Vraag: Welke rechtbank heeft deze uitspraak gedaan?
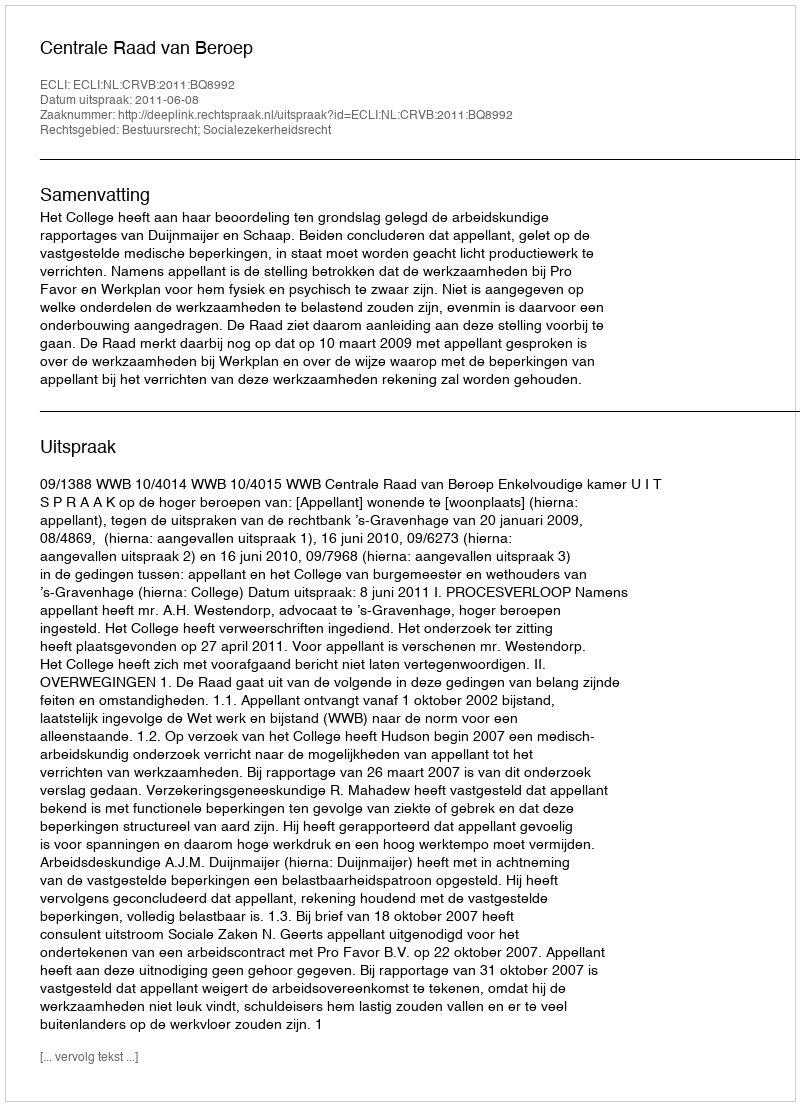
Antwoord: Centrale Raad van Beroep